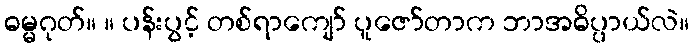
ဓမ္မဂုတ်။ ။ ပန်းပွင့် တစ်ရာကျော် ပူဇော်တာက ဘာအဓိပ္ပာယ်လဲ။